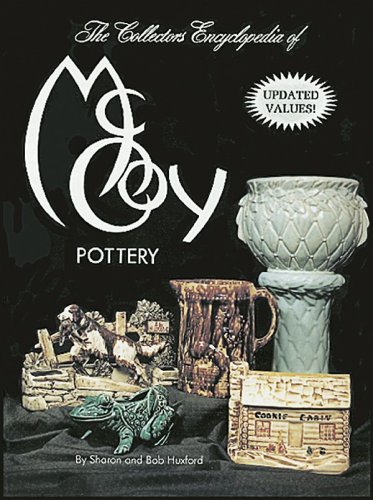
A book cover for Collectors Encyclopedia of McCoy Pottery; Sharon Huxford; Crafts, Hobbies & Home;